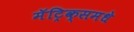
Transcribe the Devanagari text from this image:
मॅट्रिक्समधे